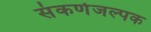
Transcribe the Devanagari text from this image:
संकर्णजल्पक